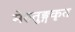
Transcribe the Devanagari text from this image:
मेरुतुङ्गकृत